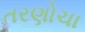
તરણોચા